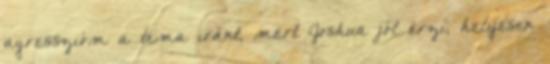
agresszióm a téma iránt, mert Joshua jól érzi, helyesen